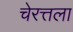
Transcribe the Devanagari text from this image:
चेरत्तला